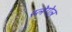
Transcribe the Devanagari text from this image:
स्लेगेल